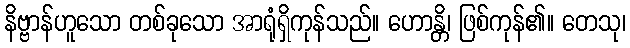
နိဗ္ဗာန်ဟူသော တစ်ခုသော အာရုံရှိကုန်သည်။ ဟောန္တိ၊ ဖြစ်ကုန်၏။ တေသု၊